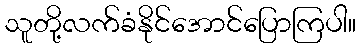
သူတို့လက်ခံနိုင်အောင်ပြောကြပါ။